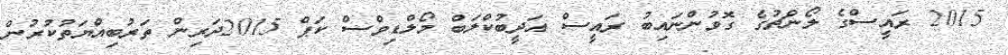
2015 ރައީސްގެ ލޯންޗުގެ ގޮވުންނައިބު ރައީސް އަދީބުކްލަބް މޯލްޑިވްސް ކަޕް 2015ދަރިން ތަރުބިއްޔަތުކުރުން